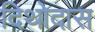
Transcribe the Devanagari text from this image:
दिथोदास